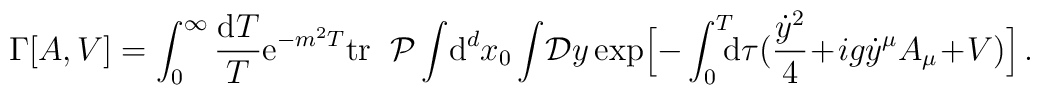
\Gamma[A,V]=\int_0^\infty {{\rm d}T\over T} {\rm e}^{-m^2T} {\rm tr} \;\;{\cal P} \int \! \mbox{d}^d x_0 \int \! {\cal D}y \exp \Bigl[ - \int_0^T \!\!\!{\rm d}\tau \bigl( {\dot{y}^2\over 4} \!+\! i g \dot{y}^\mu A_\mu  \!+\! V \bigr)\Bigr]\,. \,\,